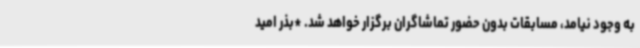
به وجود نیامد، مسابقات بدون حضور تماشاگران برگزار خواهد شد. *بذر امید